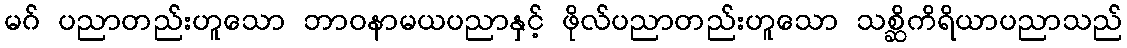
မဂ် ပညာတည်းဟူသော ဘာဝနာမယပညာနှင့် ဖိုလ်ပညာတည်းဟူသော သစ္ဆိကိရိယာပညာသည်